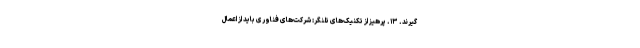
گیرند. ۱۳. پرهیز از تکنیک‌های تلنگر: شرکت‌های فناوری باید از اعمال